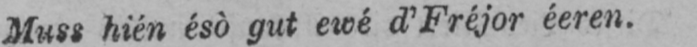
Muss hién ésò gut ewé d’Fréjor éeren.